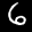
Label: 6